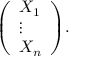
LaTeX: { \left( \begin{array} { l } { X _ { 1 } } \\ { \vdots } \\ { X _ { n } } \end{array} \right) } .